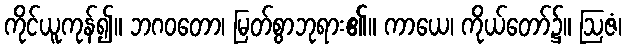
ကိုင်ယူကုန်၍။ ဘဂဝတော၊ မြတ်စွာဘုရား၏။ ကာယေ၊ ကိုယ်တော်၌။ ဩဇံ၊